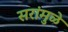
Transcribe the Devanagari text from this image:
सरांमुळे